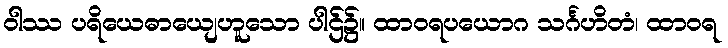
ဝါဿ ပရိယေဓာယျေဟူသော ပါဌ်၌။ ထာဝရပယောဂ သင်္ဂဟိတံ၊ ထာဝရ